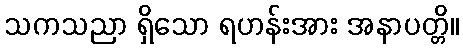
သကသညာ ရှိသော ရဟန်းအား အနာပတ္တိ။